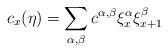
LaTeX: \begin{align*}c_x(\eta)=\sum_{\alpha,\beta}c^{\alpha,\beta}\xi^\alpha_x\xi^\beta_{x+1}\end{align*}